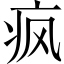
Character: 疯